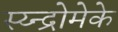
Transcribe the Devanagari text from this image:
स्य्न्द्रोमेके